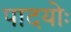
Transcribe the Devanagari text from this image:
पादयोः